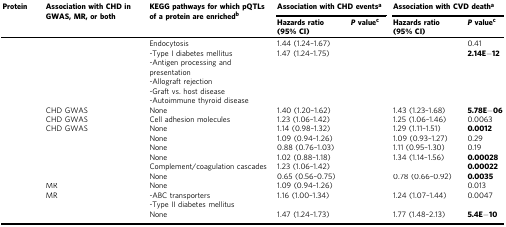
<table><thead><tr><td rowspan="2"><b>Protein</b></td><td rowspan="2"><b>Association with CHD in GWAS, MR, or both</b></td><td rowspan="2"><b>KEGG pathways for which pQTLs of a protein are enriched<sup>b</sup></b></td><td colspan="2"><b>Association with CHD events<sup>a</sup></b></td><td colspan="2"><b>Association with CVD death<sup>a</sup></b></td></tr><tr><td><b>Hazards ratio (95% CI)</b></td><td><b><i>P</i> value<sup>c</sup></b></td><td><b>Hazards ratio (95% CI)</b></td><td><b><i>P</i> value<sup>c</sup></b></td></tr></thead><tbody><tr><td>[EMPTY_CELL]</td><td>[EMPTY_CELL]</td><td>Endocytosis</td><td>1.44 (1.24–1.67)</td><td>[EMPTY_CELL]</td><td>[EMPTY_CELL]</td><td>0.41</td></tr><tr><td>[EMPTY_CELL]</td><td>[EMPTY_CELL]</td><td>-Type I diabetes mellitus-Antigen processing and presentation-Allograft rejection-Graft vs. host disease-Autoimmune thyroid disease</td><td>1.47 (1.24–1.75)</td><td>[EMPTY_CELL]</td><td>[EMPTY_CELL]</td><td><b>2.14E−12</b></td></tr><tr><td>[EMPTY_CELL]</td><td>CHD GWAS</td><td>None</td><td>1.40 (1.20–1.62)</td><td>[EMPTY_CELL]</td><td>1.43 (1.23–1.68)</td><td><b>5.78E−06</b></td></tr><tr><td>[EMPTY_CELL]</td><td>CHD GWAS</td><td>Cell adhesion molecules</td><td>1.23 (1.06–1.42)</td><td>[EMPTY_CELL]</td><td>1.25 (1.06–1.46)</td><td>0.0063</td></tr><tr><td>[EMPTY_CELL]</td><td>CHD GWAS</td><td>None</td><td>1.14 (0.98–1.32)</td><td>[EMPTY_CELL]</td><td>1.29 (1.11–1.51)</td><td><b>0.0012</b></td></tr><tr><td>[EMPTY_CELL]</td><td>[EMPTY_CELL]</td><td>None</td><td>1.09 (0.94–1.26)</td><td>[EMPTY_CELL]</td><td>1.09 (0.93–1.27)</td><td>0.29</td></tr><tr><td>[EMPTY_CELL]</td><td>[EMPTY_CELL]</td><td>None</td><td>0.88 (0.76–1.03)</td><td>[EMPTY_CELL]</td><td>1.11 (0.95–1.30)</td><td>0.19</td></tr><tr><td>[EMPTY_CELL]</td><td>[EMPTY_CELL]</td><td>None</td><td>1.02 (0.88–1.18)</td><td>[EMPTY_CELL]</td><td>1.34 (1.14–1.56)</td><td><b>0.00028</b></td></tr><tr><td>[EMPTY_CELL]</td><td>[EMPTY_CELL]</td><td>Complement/coagulation cascades</td><td>1.23 (1.06–1.42)</td><td>[EMPTY_CELL]</td><td>[EMPTY_CELL]</td><td><b>0.00022</b></td></tr><tr><td>[EMPTY_CELL]</td><td>[EMPTY_CELL]</td><td>None</td><td>0.65 (0.56–0.75)</td><td>[EMPTY_CELL]</td><td>0.78 (0.66–0.92)</td><td><b>0.0035</b></td></tr><tr><td>[EMPTY_CELL]</td><td>MR</td><td>None</td><td>1.09 (0.94–1.26)</td><td>[EMPTY_CELL]</td><td>[EMPTY_CELL]</td><td>0.013</td></tr><tr><td>[EMPTY_CELL]</td><td>MR</td><td>-ABC transporters-Type II diabetes mellitus</td><td>1.16 (1.00–1.34)</td><td>[EMPTY_CELL]</td><td>1.24 (1.07–1.44)</td><td>0.0047</td></tr><tr><td>[EMPTY_CELL]</td><td>[EMPTY_CELL]</td><td>None</td><td>1.47 (1.24–1.73)</td><td>[EMPTY_CELL]</td><td>1.77 (1.48–2.13)</td><td><b>5.4E−10</b></td></tr></tbody></table>